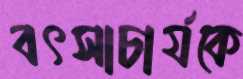
বৎসাচার্যকে